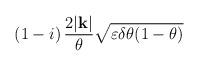
LaTeX: \begin{align*}\left( 1-i\right) \frac{2|\mathbf{k}|}{\theta }\sqrt{\varepsilon \delta \theta (1-\theta )}\end{align*}